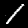
Digit: 1